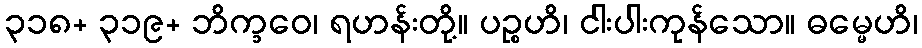
၃၁၈+ ၃၁၉+ ဘိက္ခဝေ၊ ရဟန်းတို့။ ပဉ္စဟိ၊ ငါးပါးကုန်သော။ ဓမ္မေဟိ၊